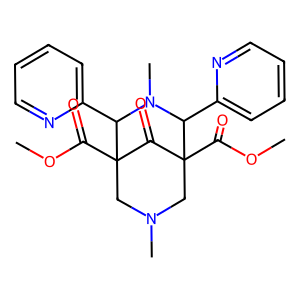
SMILES: COC(=O)C12CN(C)CC(C(=O)OC)(C1=O)C(c1ccccn1)N(C)C2c1ccccn1
Inhibits HIV replication: No